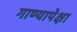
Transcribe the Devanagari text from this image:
गाण्यापेक्षा